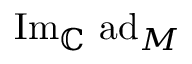
\mathrm { I m } _ { \mathbb { C } } \ \mathrm { a d } _ { M }